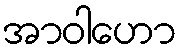
အာဝါဟော